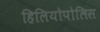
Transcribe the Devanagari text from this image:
हिलियोपोलिस